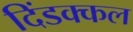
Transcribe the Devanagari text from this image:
दिंडक्कल